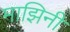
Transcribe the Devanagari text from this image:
माझिनी